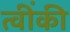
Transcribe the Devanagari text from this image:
त्वींकी